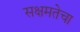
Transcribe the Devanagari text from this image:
सक्षमतेचा